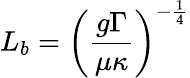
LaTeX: L_{b}=\left(\frac{g\Gamma}{\mu\kappa}\right)^{-\frac{1}{4}}